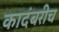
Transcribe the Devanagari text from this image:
कादंबरीच